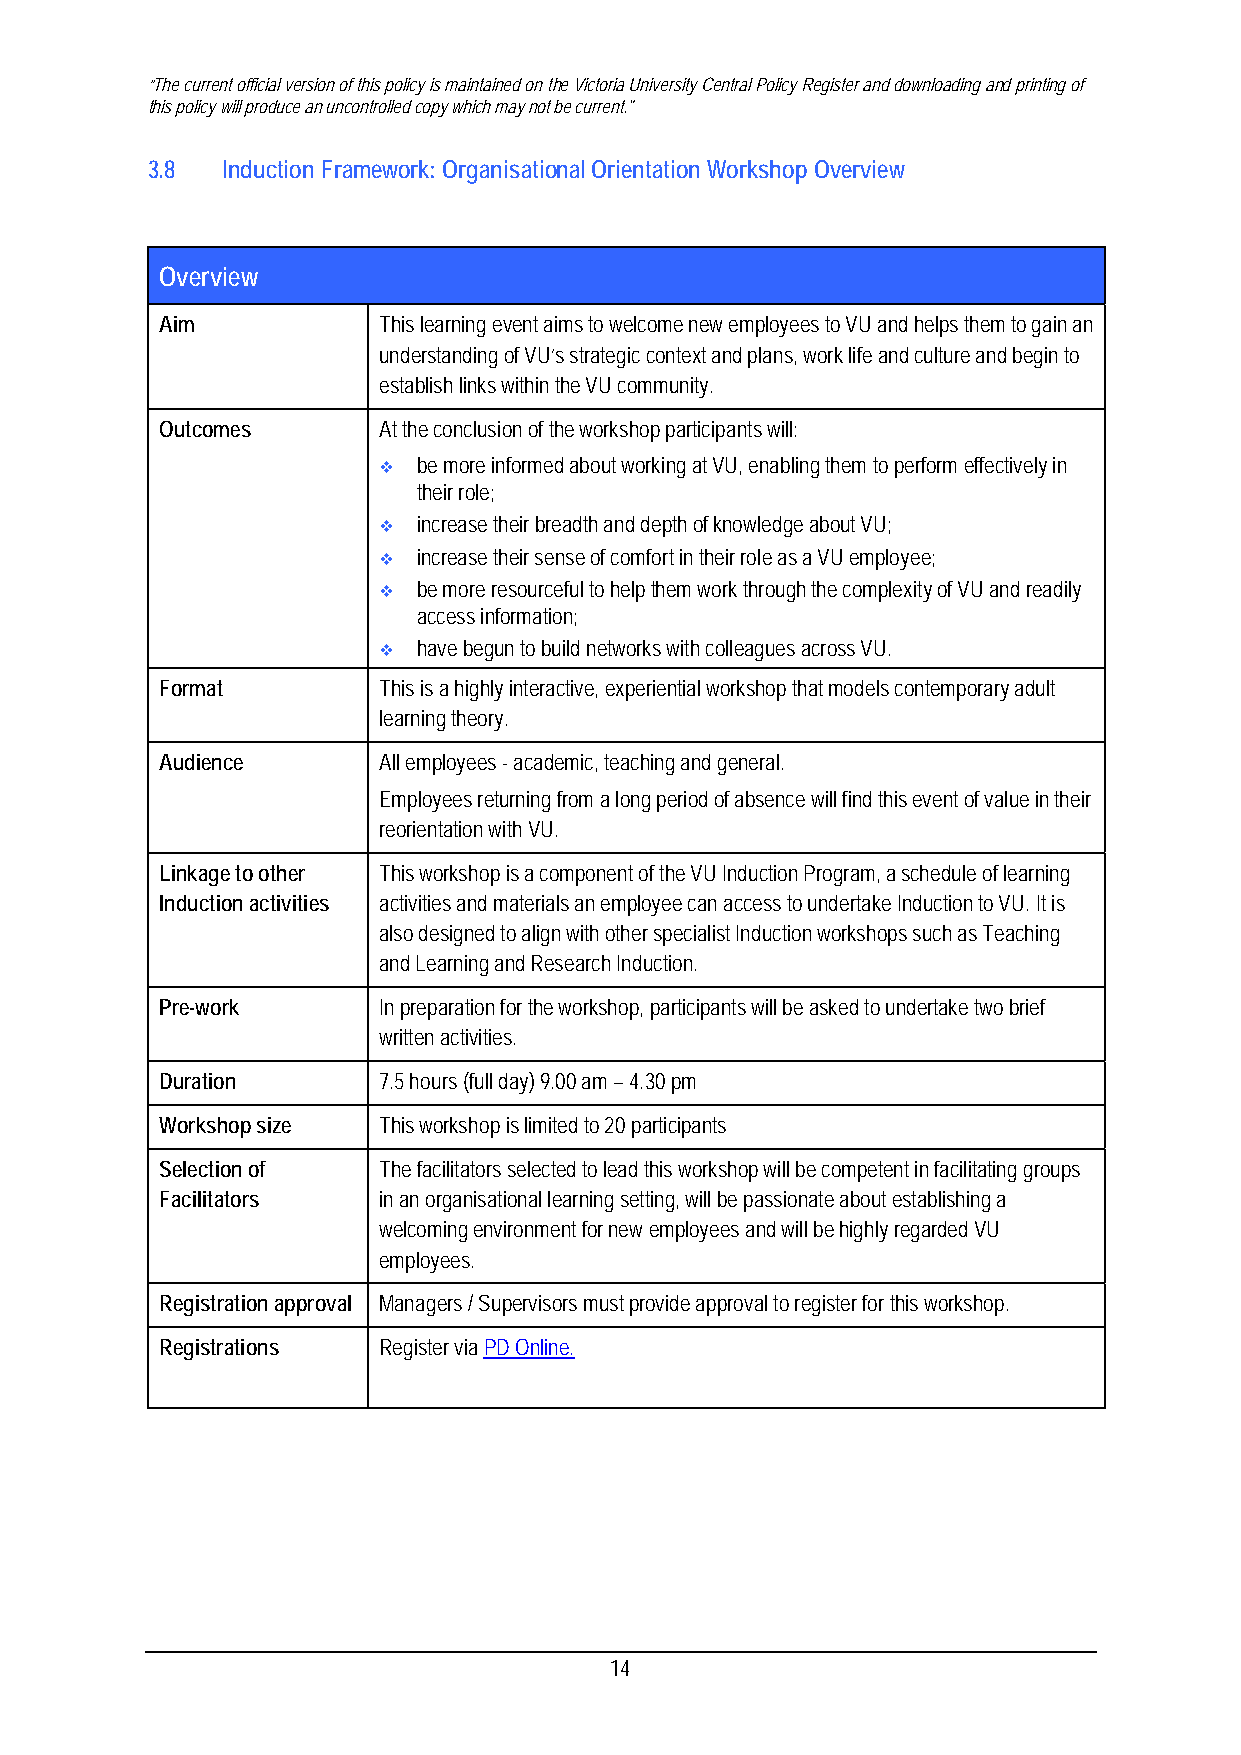
“The current official version of this policy is maintained on the Victoria University Central Policy Register and downloading and printing of
 this policy will produce an uncontrolled copy which may not be current."
 3.8  Induction Framework: Organisational Orientation Workshop Overview
 Overview
 Aim           This learning event aims to welcome new employees to VU and helps them to gain an
 understanding of VU’s strategic context and plans, work life and culture and begin to
 establish links within the VU community.
 Outcomes      At the conclusion of the workshop participants will:
   be more informed about working at VU, enabling them to perform effectively in
 their role;
   increase their breadth and depth of knowledge about VU;
   increase their sense of comfort in their role as a VU employee;
   be more resourceful to help them work through the complexity of VU and readily
 access information;
   have begun to build networks with colleagues across VU.
 Format        This is a highly interactive, experiential workshop that models contemporary adult
 learning theory.
 Audience      All employees - academic, teaching and general.
 Employees returning from a long period of absence will find this event of value in their
 reorientation with VU.
 Linkage to other This workshop is a component of the VU Induction Program, a schedule of learning
 Induction activities activities and materials an employee can access to undertake Induction to VU. It is
 also designed to align with other specialist Induction workshops such as Teaching
 and Learning and Research Induction.
 Pre-work      In preparation for the workshop, participants will be asked to undertake two brief
 written activities.
 Duration      7.5 hours (full day) 9.00 am – 4.30 pm
 Workshop size This workshop is limited to 20 participants
 Selection of  The facilitators selected to lead this workshop will be competent in facilitating groups
 Facilitators  in an organisational learning setting, will be passionate about establishing a
 welcoming environment for new employees and will be highly regarded VU
 employees.
 Registration approval Managers / Supervisors must provide approval to register for this workshop.
 Registrations Register via PD Online.
 14